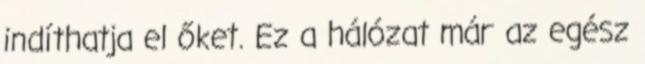
indíthatja el őket. Ez a hálózat már az egész